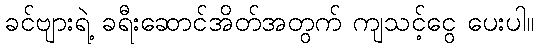
ခင်ဗျားရဲ့ ခရီးဆောင်အိတ်အတွက် ကျသင့်ငွေ ပေးပါ။